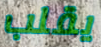
يقلب